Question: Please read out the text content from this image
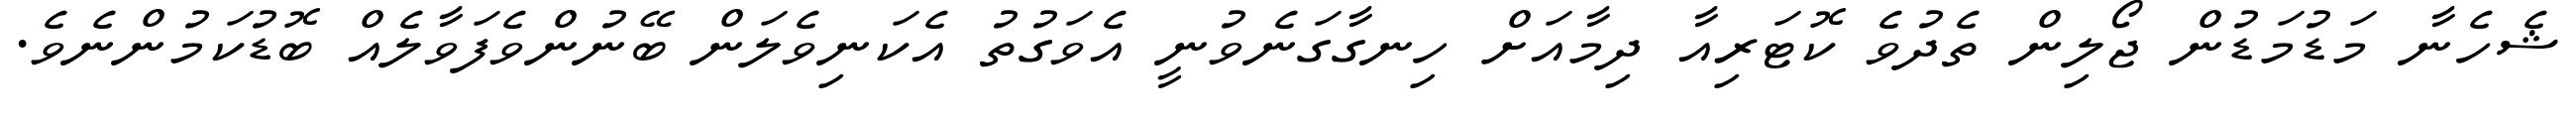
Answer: ޝެހެނާ މަޑުމަޑުން ޖޯލިން ތެދުވެ ކޮޓަރިއާ ދިމާއަށް ހިނގާގަނެވުނީ އެވަގުތު އެކަނިވެލަން ބޭނުންވެފަވާލެއް ބޮޑުކަމުންނެވެ.